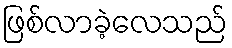
ဖြစ်လာခဲ့လေသည်